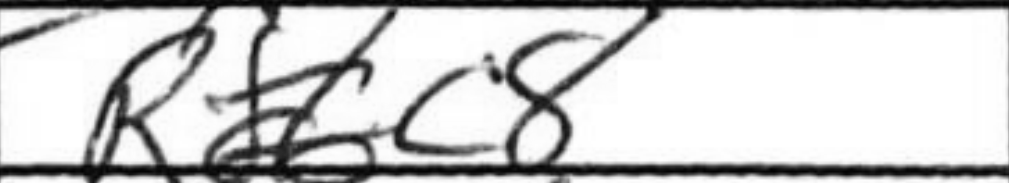
Transcription: Rc8